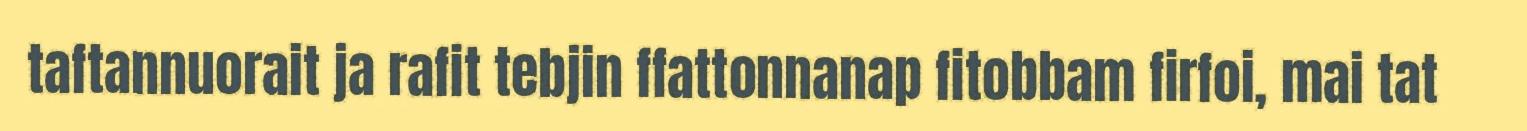
taftannuorait ja rafit tebjin ffattonnanap fitobbam firfoi, mai tat